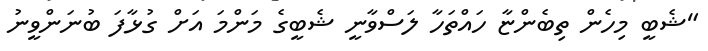
"ޝެބީ މިހެން ތިބެންޏާ ހައްތަހާ ލަސްވާނީ ޝެބީގެ މަންމަ އަށް ގުޅާފަ ބުނަންވީނު